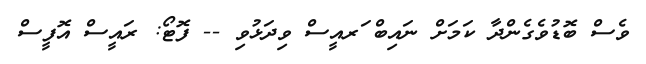
ވެސް ބޮޑުވެގެންދާ ކަމަށް ނައިބް ަރއީސް ވިދަޅުވި -- ފޮޓޯ: ރައީސް އޮފީސް